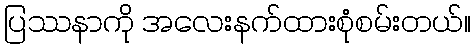
ပြဿနာကို အလေးနက်ထားစုံစမ်းတယ်။